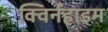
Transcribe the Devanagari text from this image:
क्विर्नहाइम